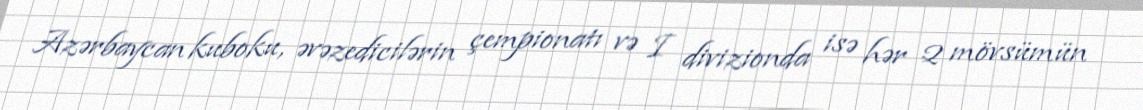
Azərbaycan kuboku, əvəzedicilərin çempionatı və I divizionda isə hər 2 mövsümün